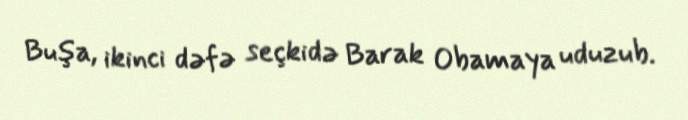
Buşa, ikinci dəfə seçkidə Barak Obamaya uduzub.